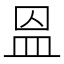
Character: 𥁕